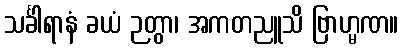
သင်္ခါရာနံ ခယံ ဉတွာ၊ အကတညူသိ ဗြာဟ္မဏ။